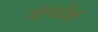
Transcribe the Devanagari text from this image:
तरंगशीर्श